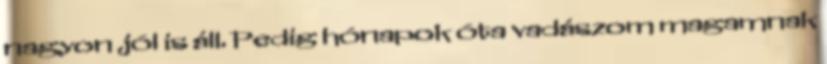
nagyon jól is áll. Pedig hónapok óta vadászom magamnak